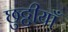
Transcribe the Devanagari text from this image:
छुट्टीयाँ